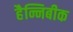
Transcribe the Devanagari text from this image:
हैन्निबीक